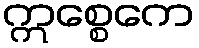
ဣစ္စေကေ